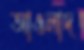
আওলাদ